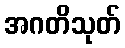
အဂတိသုတ်